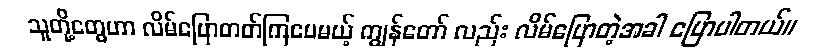
သူတို့တွေဟာ လိမ်ပြောတတ်ကြပေမယ့် ကျွန်တော် လည်း လိမ်ပြောတဲ့အခါ ပြောပါတယ်။